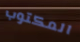
المكتوب